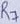
Text: R3